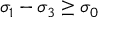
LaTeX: \sigma _ { 1 } - \sigma _ { 3 } \geq \sigma _ { 0 }